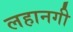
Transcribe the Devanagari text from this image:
लहानगी